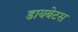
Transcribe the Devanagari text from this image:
डायबेटस